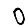
Digit: 0